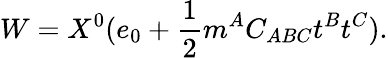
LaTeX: W=X^{0}(e_{0}+{\frac{1}{2}}m^{A}C_{ABC}t^{B}t^{C}).